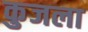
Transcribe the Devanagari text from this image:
कुजला